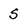
Character: 5